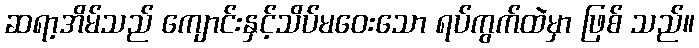
ဆရာ့အိမ်သည် ကျောင်းနှင့်သိပ်မဝေးသော ရပ်ကွက်ထဲမှာ ဖြစ် သည်။